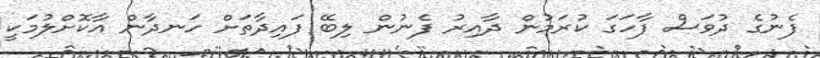
ފެނުގެ ދުވަސް ފާހަގަ ކުރަމުން ދާއިރު ފެނުން ލިބޭ ފައިދާތަށް ހަނދާން އާކޮށްލުމަކީ